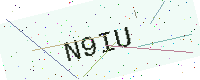
Text: N9IU